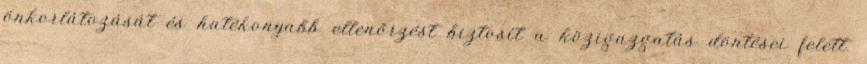
önkorlátozását és hatékonyabb ellenőrzést biztosít a közigazgatás döntései felett.